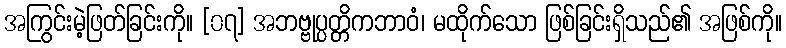
အကြွင်းမဲ့ဖြတ်ခြင်းကို။ [၀၇] အဘဗ္ဗုပ္ပတ္တိကဘာဝံ၊ မထိုက်သော ဖြစ်ခြင်းရှိသည်၏ အဖြစ်ကို။